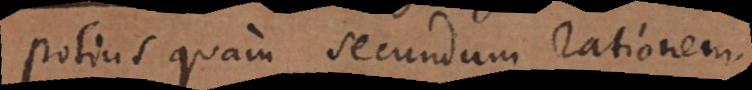
potius quam secundum rationem.